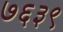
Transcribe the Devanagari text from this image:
७६३९